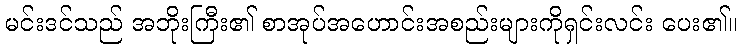
မင်းဒင်သည် အဘိုးကြီး၏ စာအုပ်အဟောင်းအစည်းများကိုရှင်းလင်း ပေး၏။